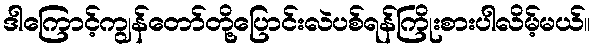
ဒါကြောင့်ကျွန်တော်တို့ပြောင်းလဲပစ်ရန်ကြိုးစားပါလိမ့်မယ်။